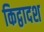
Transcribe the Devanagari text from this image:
किद्वादश